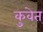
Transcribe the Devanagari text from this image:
कुवेत्